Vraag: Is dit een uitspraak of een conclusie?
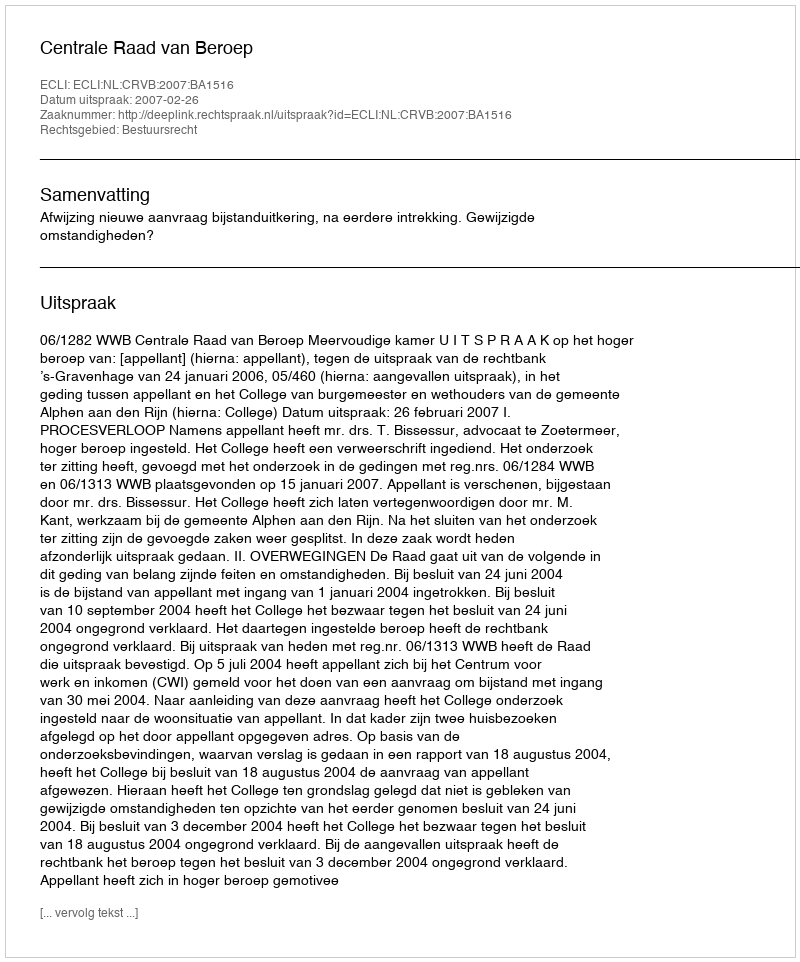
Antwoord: Uitspraak